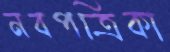
নবপত্রিকা